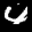
Label: 4